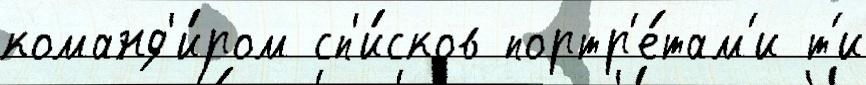
команд'и́ром сп'и́сков портр'е́там'и т'и